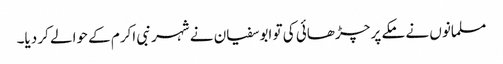
مسلمانوں نے مکے پر چڑھائی کی تو ابوسفیان نے شہر نبی اکرم کے حوالے کر دیا۔